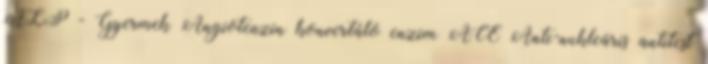
ALP - Gyermek Angiotenzin konvertáló enzim ACE Anti-nukleáris antitest